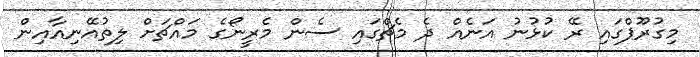
މިގުރޫޕްގައި ރޭ ކުޅުނު އަނެއް ދެ މެޗްގައި ސެން މެރީނޯގެ މައްޗަށް ލިތުއޭނިއާއިން